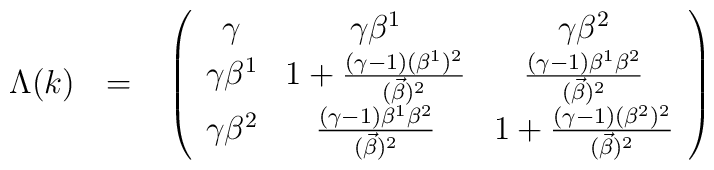
\Lambda (k)~~ =~~ \left( \begin{array}{ccc}   {\gamma} & {\gamma}{\beta}^1 & {\gamma}{\beta}^2      \\        {\gamma}{\beta}^1 & 1 + \frac{({\gamma} -1)({\beta}^1)^2}{(\vec{\beta})^2} & \frac{({\gamma} -1){\beta}^1{\beta}^2}{(\vec{\beta})^2} \\         {\gamma}{\beta}^2 & \frac{({\gamma} -1){\beta}^1{\beta}^2}{(\vec{\beta})^2} & 1 + \frac{({\gamma} -1)({\beta}^2)^2}{(\vec{\beta})^2}    \end{array} \right)